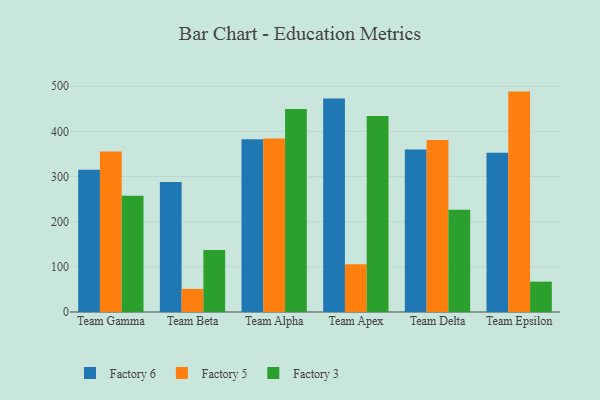
{"axis": {"x": "Team", "y": "Website Visitors"}, "legend": ["Factory 3", "Factory 5", "Factory 6"], "data": [{"x": "Team Gamma", "y": 314.9, "type": "Factory 6"}, {"x": "Team Gamma", "y": 355.3, "type": "Factory 5"}, {"x": "Team Gamma", "y": 257.3, "type": "Factory 3"}, {"x": "Team Beta", "y": 287.7, "type": "Factory 6"}, {"x": "Team Beta", "y": 51.1, "type": "Factory 5"}, {"x": "Team Beta", "y": 137.4, "type": "Factory 3"}, {"x": "Team Alpha", "y": 382.7, "type": "Factory 6"}, {"x": "Team Alpha", "y": 384.5, "type": "Factory 5"}, {"x": "Team Alpha", "y": 449.3, "type": "Factory 3"}, {"x": "Team Apex", "y": 472.6, "type": "Factory 6"}, {"x": "Team Apex", "y": 105.6, "type": "Factory 5"}, {"x": "Team Apex", "y": 434.2, "type": "Factory 3"}, {"x": "Team Delta", "y": 360.0, "type": "Factory 6"}, {"x": "Team Delta", "y": 380.7, "type": "Factory 5"}, {"x": "Team Delta", "y": 226.5, "type": "Factory 3"}, {"x": "Team Epsilon", "y": 352.6, "type": "Factory 6"}, {"x": "Team Epsilon", "y": 488.1, "type": "Factory 5"}, {"x": "Team Epsilon", "y": 67.2, "type": "Factory 3"}]}